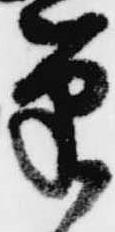
筆